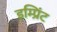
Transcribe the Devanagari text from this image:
इम्‍प्रिंट